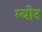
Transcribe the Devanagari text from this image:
म्‍योर